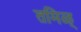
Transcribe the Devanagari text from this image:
तमिळ्